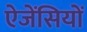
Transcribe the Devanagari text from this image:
ऐजेंसियों